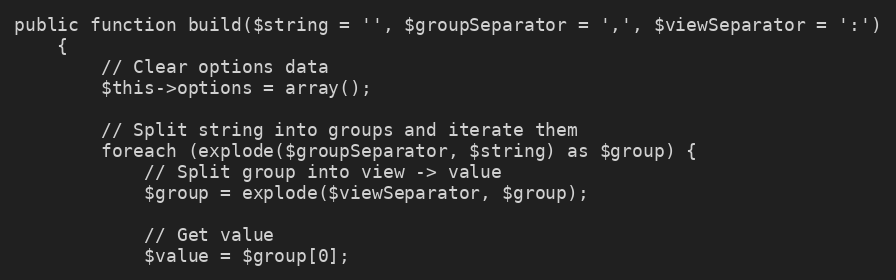
Language: PHP
public function build($string = '', $groupSeparator = ',', $viewSeparator = ':')
    {
        // Clear options data
        $this->options = array();

        // Split string into groups and iterate them
        foreach (explode($groupSeparator, $string) as $group) {
            // Split group into view -> value
            $group = explode($viewSeparator, $group);

            // Get value
            $value = $group[0];